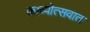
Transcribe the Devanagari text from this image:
काव्योत्सवात